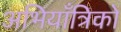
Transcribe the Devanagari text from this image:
अभियाँत्रिकों